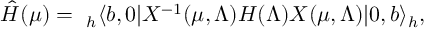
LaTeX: \hat { { \cal H } } ( \mu ) = ~ _ { h } \langle b , 0 | X ^ { - 1 } ( \mu , \Lambda ) H ( \Lambda ) X ( \mu , \Lambda ) | 0 , b \rangle _ { h } ,